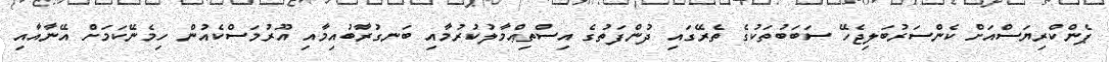
ޕެންކްރިޔަސްއަށް ކެންސަރުބަލިޖެހޭ ސަބަބުތަކުގެ ތެރޭގައި ދުންފަތުގެ އިސްތިޢްމާލުކުރުމާއި ބަނގުރާބުއިމާއި އޫރުމަސްކެއުން ހިމެނޭކަމަށް އޭނާއާއި